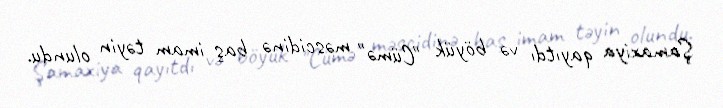
Şamaxiya qayıtdı və böyük "Cümə" məscidinə baş imam təyin olundu.